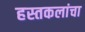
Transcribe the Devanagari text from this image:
हस्तकलांचा